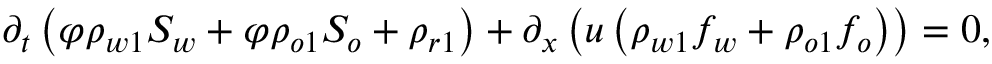
\begin{array} { r } { \partial _ { t } \left( \varphi \rho _ { w 1 } S _ { w } + \varphi \rho _ { o 1 } S _ { o } + \rho _ { r 1 } \right) + \partial _ { x } \left( u \left( \rho _ { w 1 } f _ { w } + \rho _ { o 1 } f _ { o } \right) \right) = 0 , } \end{array}